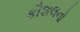
કૌશલનો